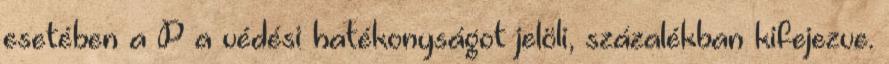
esetében a P a védési hatékonyságot jelöli, százalékban kifejezve.